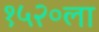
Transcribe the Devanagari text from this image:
१५२०ला